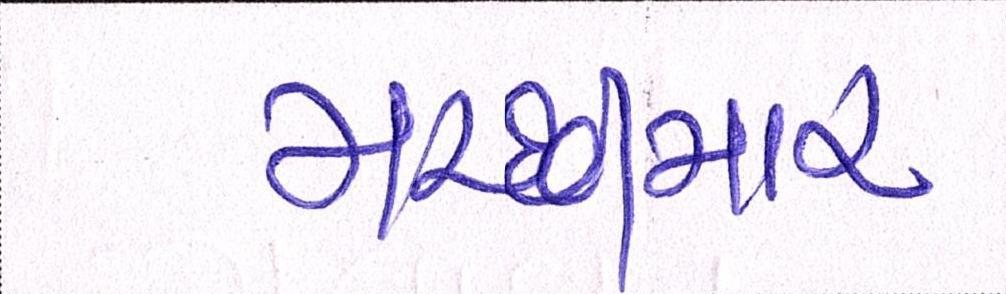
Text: માચ્છીમાર